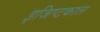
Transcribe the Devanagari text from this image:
इजिप्टकाल